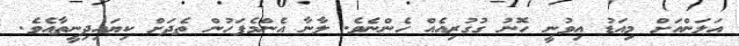
އަލަންއަށް މިއަޑު އިވުނީ ހޮނު ގުގުރިއެއް ހެންނެވެ. ލާނާ އެންމެފަހުން ތެދަށް ކިޔައިދިނީތާއެވެ.